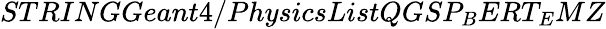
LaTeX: STRINGGeant4/PhysicsListQGSP_{B}ERT_{E}MZ